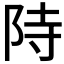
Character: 𮥂